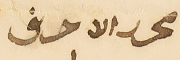
محرر الاحرف